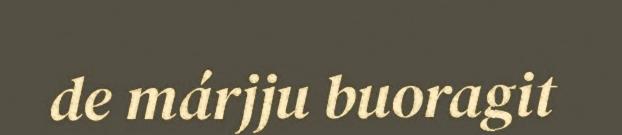
de márjju buoragit